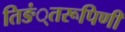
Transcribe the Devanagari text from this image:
तिङं्तरूपिणी